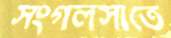
সংগলসীতে